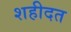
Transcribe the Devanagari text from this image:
शहीदत